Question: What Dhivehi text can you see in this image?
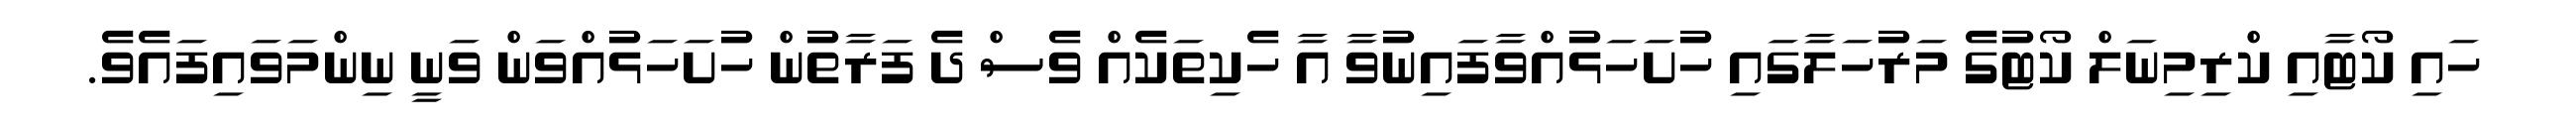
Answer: ހައި ކޯޓާއި ކްރިމިނަލް ކޯޓުގެ މަރުހަލާގައި ހުށަހަޅުއްވާފައިނުވާ އާ ހެކިތަކެއް ވެސް ދެ ފަރާތުން ހުށަހަޅުއްވަން ވަނީ ނިންމަވައިފައެވެ.